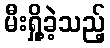
မီးရှို့ခဲ့သည့်